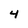
Character: 4